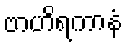
ဗာဟိရကာနံ